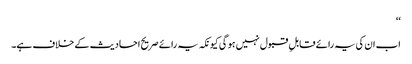
‘‘
اب ان کی یہ رائے قابلِ قبول نہیں ہو گی کیونکہ یہ رائے صریح احادیث کے خلاف ہے۔